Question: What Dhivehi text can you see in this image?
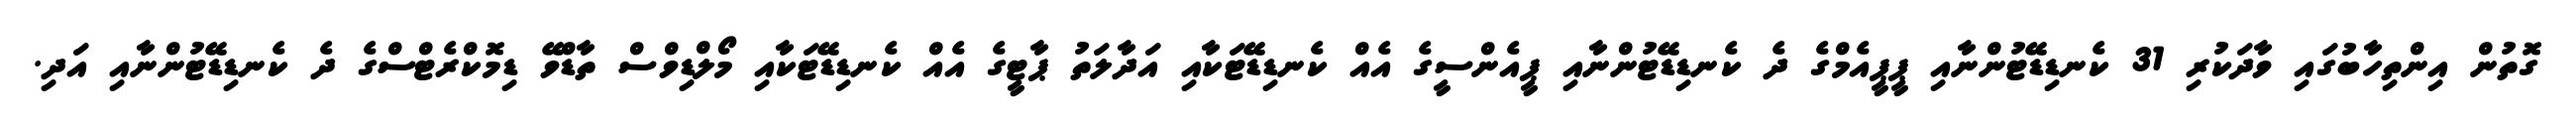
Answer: ގޮތުން އިންތިހާބުގައި ވާދަކުރި 31 ކެނޑިޑޭޓުންނާއި ޕީޕީއެމްގެ ދެ ކެނޑިޑޭޓުންނާއި ޕީއެންސީގެ އެއް ކެނޑިޑޭޓަކާއި އަދާލަތު ޕާޓީގެ އެއް ކެނޑިޑޭޓަކާއި މޯލްޑިވްސް ތާޑްވޭ ޑިމޮކްރެޓްސްގެ ދެ ކެނޑިޑޭޓުންނާއި އަދި.